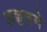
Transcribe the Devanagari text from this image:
अञ्चलमे